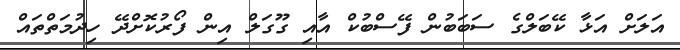
އަލަށް އަޅާ ކޭބަލްގެ ސަބަބުން ފޭސްބުކް އާއި ގޫގަލް އިން ފޯރުކޮށްދޭ ހިދުމަތްތައް